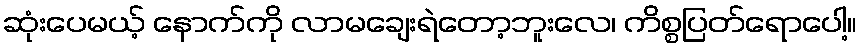
ဆုံးပေမယ့် နောက်ကို လာမချေးရဲတော့ဘူးလေ၊ ကိစ္စပြတ်ရောပေါ့။